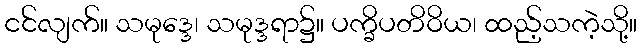
ငင်လျက်။ သမုဒ္ဒေ၊ သမုဒ္ဒရာ၌။ ပက္ခိပတိဝိယ၊ ထည့်သကဲ့သို့။